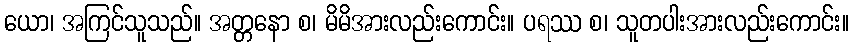
ယော၊ အကြင်သူသည်။ အတ္တနော စ၊ မိမိအားလည်းကောင်း။ ပရဿ စ၊ သူတပါးအားလည်းကောင်း။